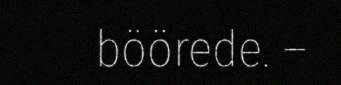
böörede. –